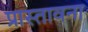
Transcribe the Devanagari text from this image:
प्रास्तावना